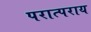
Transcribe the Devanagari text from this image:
परात्पराय